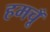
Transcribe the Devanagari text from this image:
हमचूँ